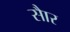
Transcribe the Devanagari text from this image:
साैर